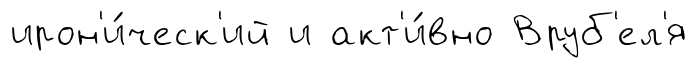
ирон'и́ческ'ий и акт'и́вно Вруб'ел'я